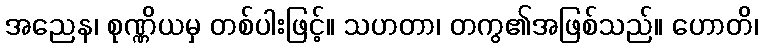
အညေန၊ စုဏ္ဏိယမှ တစ်ပါးဖြင့်။ သဟတာ၊ တကွ၏အဖြစ်သည်။ ဟောတိ၊